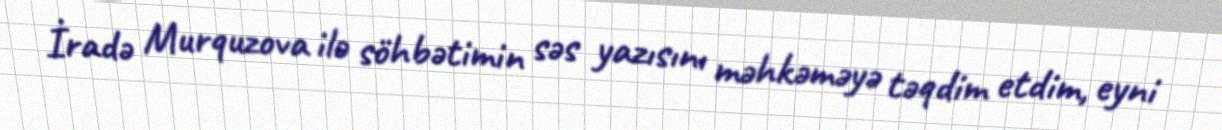
İradə Murquzova ilə söhbətimin səs yazısını məhkəməyə təqdim etdim, eyni